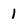
Character: 1